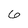
Character: 6